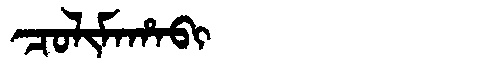
Manchu: ᠴᠣᠯᡳᠮᠠᡥᠠᠪᡳ
Romanization: COLIMAHABI